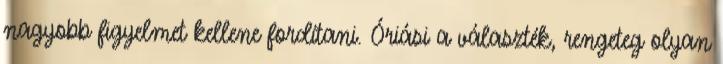
nagyobb figyelmet kellene fordítani. Óriási a választék, rengeteg olyan